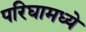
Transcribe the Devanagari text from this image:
परिघामध्ये